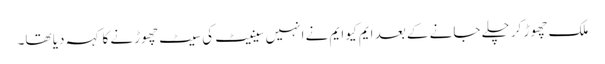
ملک چھوڑ کر چلے جانے کے بعد ایم کیو ایم نے انہیں سینیٹ کی سیٹ چھوڑنے کا کہہ دیا تھا۔